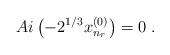
LaTeX: \begin{align*}Ai \left( - 2^{1/3} x^{(0)}_{n_{r}} \right) = 0\; .\end{align*}